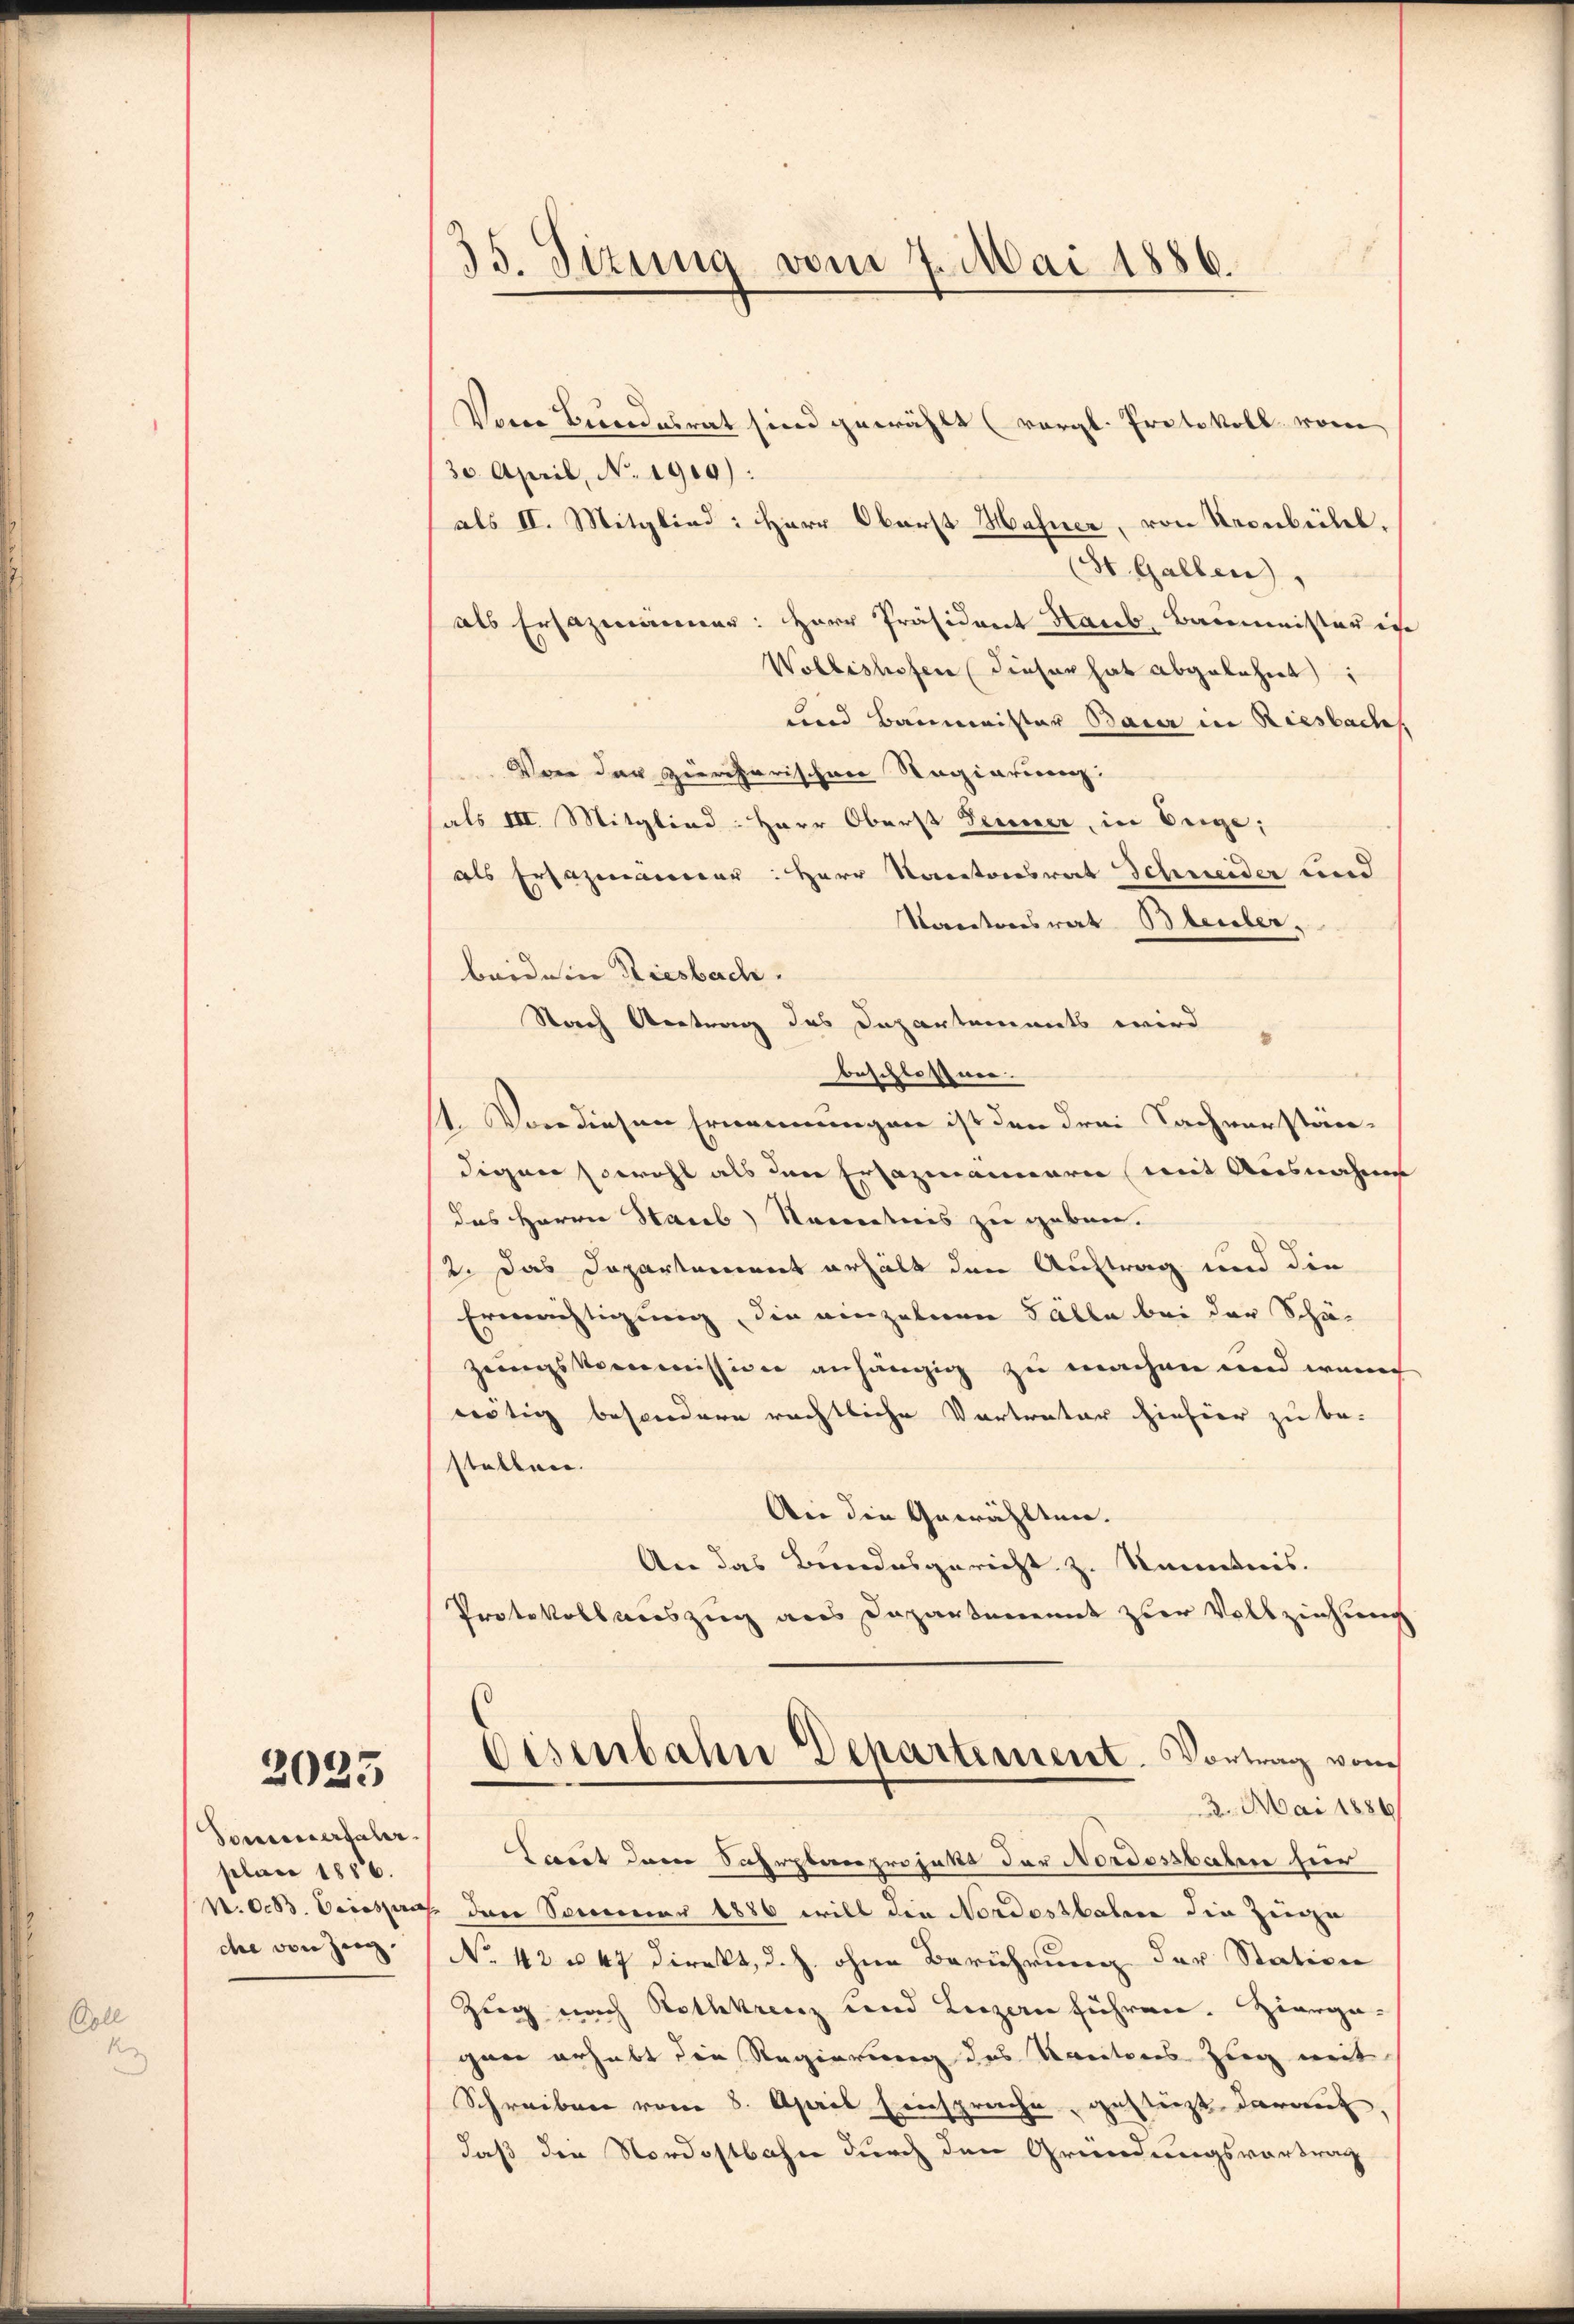
oll

2023

Soncertaler.
plan 1856.
N.O.B. Vicessira
che von Zeig.

35. Sizung vom 7. Mai 1886.

Vom Bundesrat sind gewählt (vergl. Protokoll vom
30. April, No. 1910):
als II. Mitglied: Herr Oberst Hafner, von Kronbühel,
(St. Gallen,
als Ersazmänner: Herr Präsident Haub, Baumeister ic
Wollishofen (dieser hat abgelehnt
und Baumeister Bauer in Riesbach
Von der ziergarischen Regierung:
sals III. Mitglied: Herr Oberst Jenner, in Beige;
als Ersatzmanner: Herr Kantonsrat Schneider und
Kantonsrat Bleuler,
beide in Riesbach.
Nach Vertrag des Departements wird
beschlossner
11. Von diesen Ernennungen ist den drei Sachverständigen sowohl als den Ersazmannern mit Ausnahme
das Herrn Staub kanntnis zu geben.
2. Das Departement erhält den Auftrag und die
Ermächtigung, die einzelnen Fälle bei der Schäzeungskommission anhängig zu machen und wenn
nötig besondere rechtliche Vertratur hinhier zu be-
stellen.
An die Gewählten.
An das Bundesgericht z. Kenntnis.
Protokollauszug aus Departenannt zur Vollziehung
Eisenbahn Departement. Vortrag vom
3. Mai 1886
Tant dem Sahrplanprojekt der Nordostbahne hier
 den Sommer 1886 will die Nordostbahne die Ziege
No 42 u. 47 direkt, d. h. ohne Berührung der Station
Zug nach Rothkreuz und Luzern führen. Zierga-
gan erhebt die Regierung des Vereitens Zieg weit
Schreiben vom 8. April Einsprache gestürzt darauf
daß der Nordostbahn durch den Gründungsvortrag